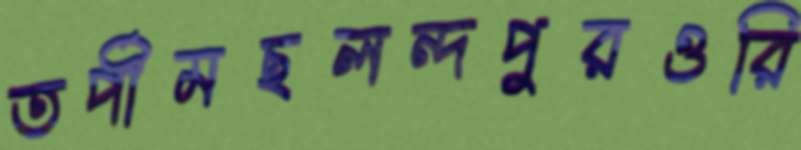
তর্পীমছলন্দপুরওরি